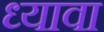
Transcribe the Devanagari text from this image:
ध्यावा